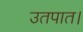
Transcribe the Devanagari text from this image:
उतपात।